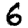
Digit: 6